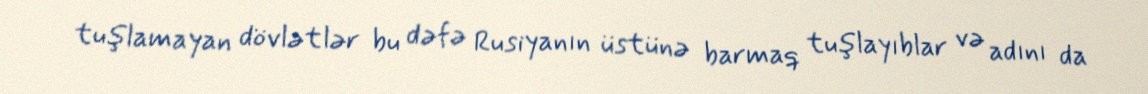
tuşlamayan dövlətlər bu dəfə Rusiyanın üstünə barmaq tuşlayıblar və adını da